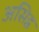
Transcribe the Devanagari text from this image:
असिद्व